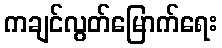
ကချင်လွတ်မြောက်ရေး